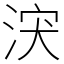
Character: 涋